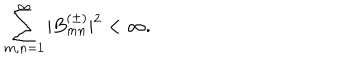
\sum _ { m , n = 1 } ^ { \infty } | B _ { m n } ^ { ( \pm ) } | ^ { 2 } < \infty .